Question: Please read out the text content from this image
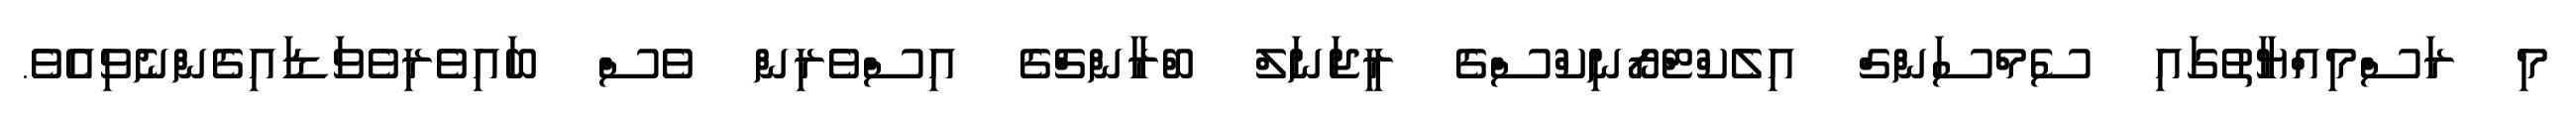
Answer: މި ރަސްމިއްޔާތުގައި ސެމްސަންގް އިލެކްޓްރޯނިކްސްގެ ރީޖަނަލް ބްރާންޗްގެ އިސްވެރިން ވެސް ބައިވެރިވެވަޑައިގެންނެވިއެވެ.